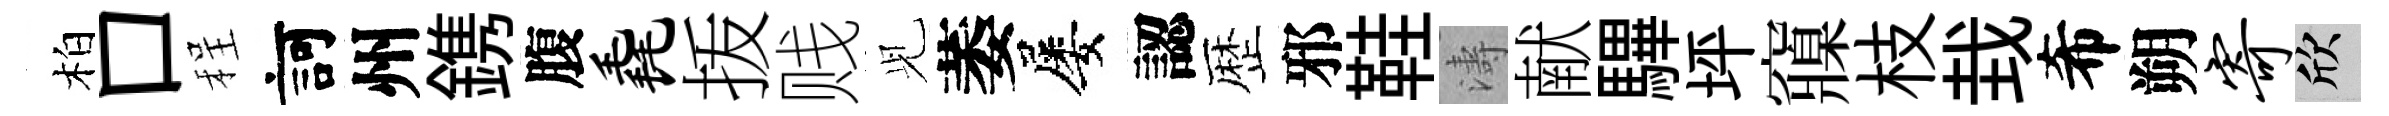
柏口程訶州鎸腹毳㧞贱𫤗萎屡認歴邪鞋濤献驆坪䆿枝㘽希朔寄欣